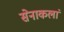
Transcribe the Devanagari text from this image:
सेनाकलां